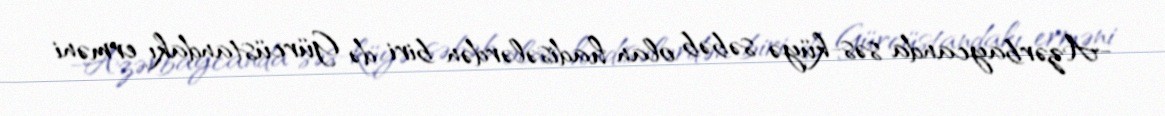
-Azərbaycanda səs-küyə səbəb olan hadisələrdən biri də Gürcüstandakı erməni